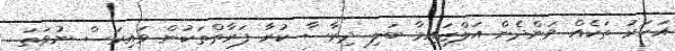
އަހަރު ތަކެއް ވަންދެން އަލްޒައިމާ ބަލި ދިރާސާ ކުރާ ފަރާތްތަކުން ވައިރަސް ނުވަތަ